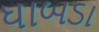
ધાબડા